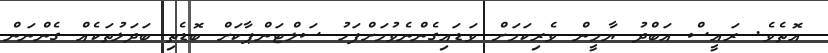
އޮތެވެ. ރައީސް އަބްދު ޔާމީން ވެރިކަމަށް ވަޑައިގެންނެވުމަށްފަހު ސަލްޓަންޕާކަށް ބޮޑެތި ބަދަލުތަކެއް ގެންނަން